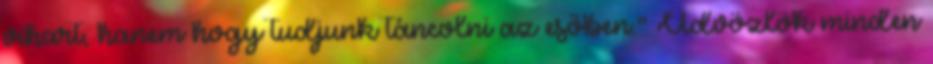
vihart, hanem hogy tudjunk táncolni az esőben." Üdvözlök minden